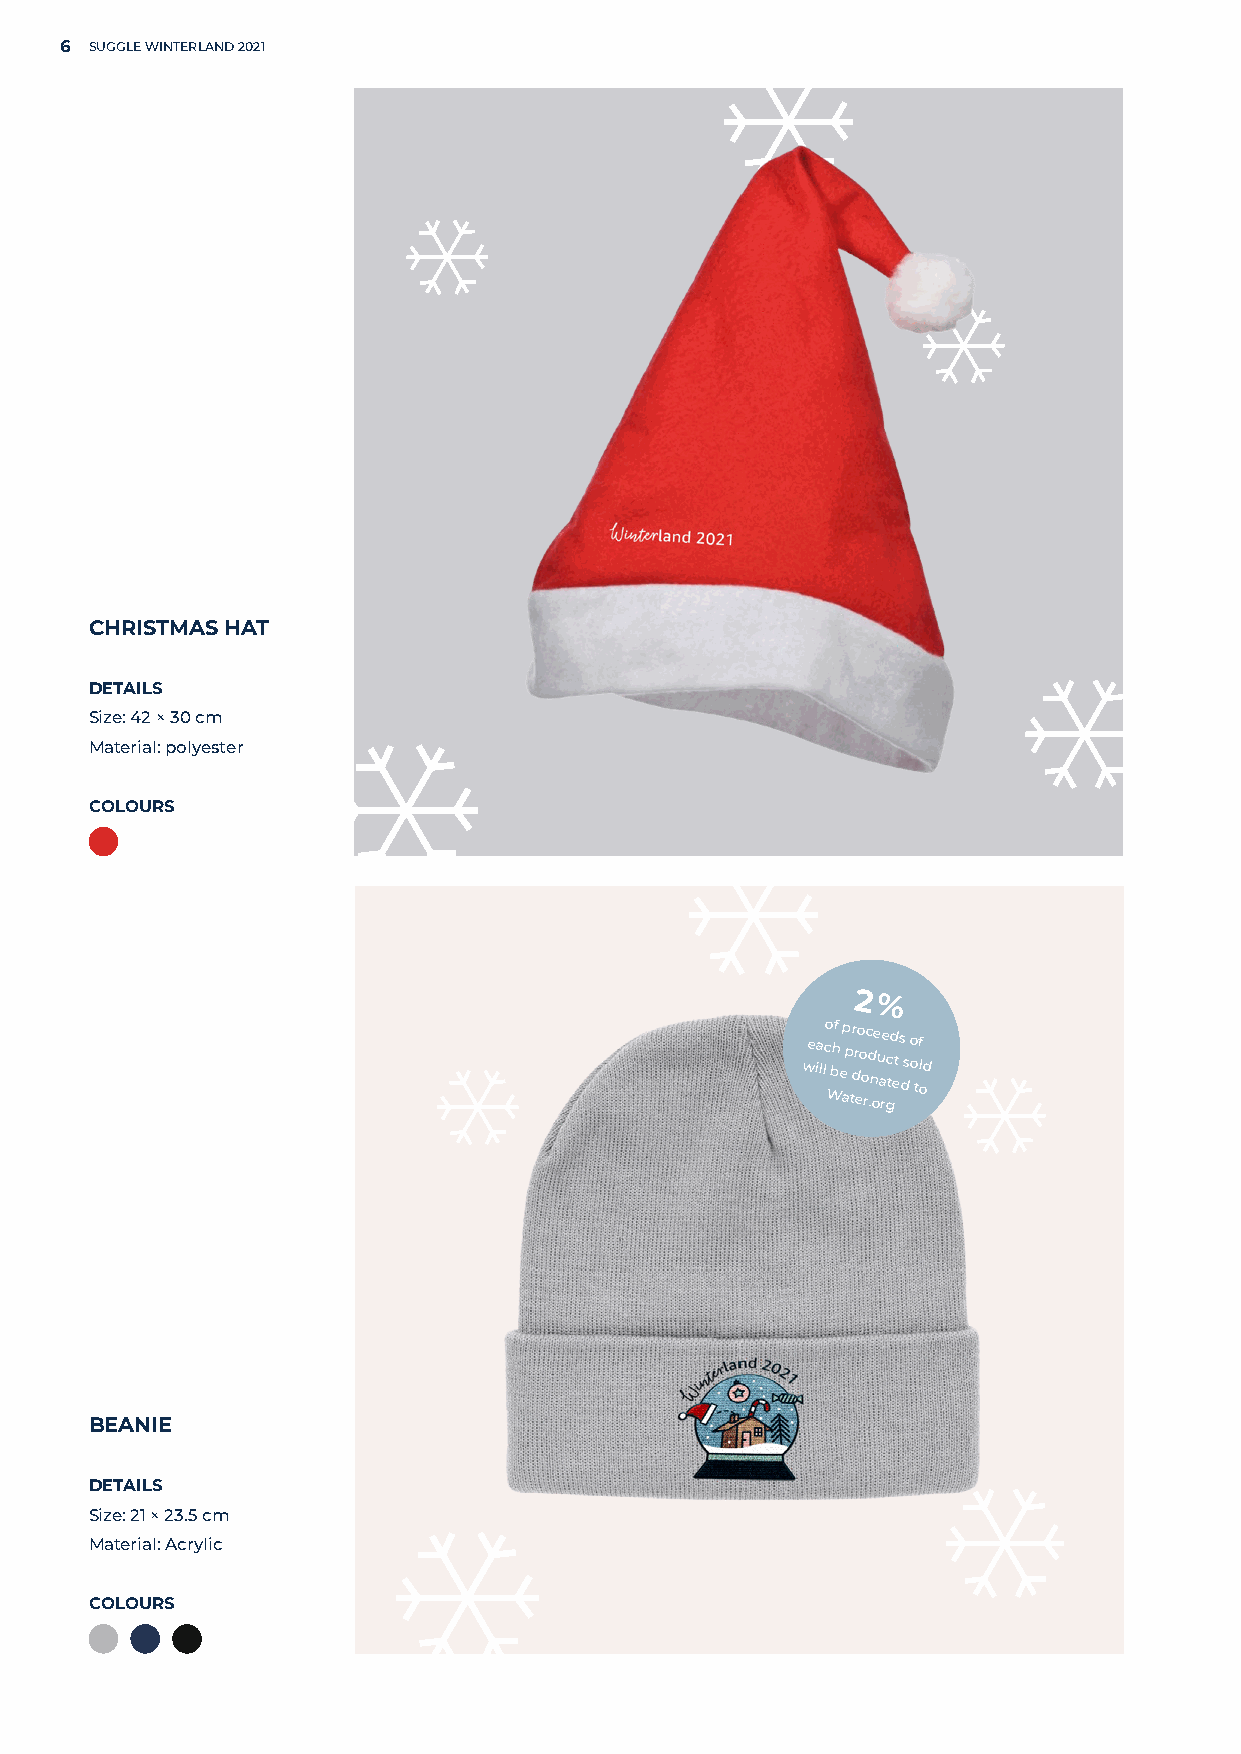
6 SUGGLE WINTERLAND 2021
 CHRISTMAS HAT
 DETAILS
 Size: 42 × 30 cm
 Material: polyester
 COLOURS
 2 %
 we ia llco Wbhf
 e
 ap p tr dr eo o
 o
 rc d
 .n
 oe u
 a
 re gc td ets ds o o tf l od
 BEANIE
 DETAILS
 Size: 21 × 23.5 cm
 Material: Acrylic
 COLOURS